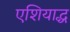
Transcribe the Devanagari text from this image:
एशियाद्ध